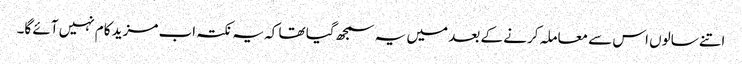
اتنے سالوں اس سے معاملہ کرنے کے بعد میں یہ سمجھ گیا تھا کہ یہ نکتہ اب مزید کام نہیں آئے گا۔